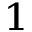
^ { 1 }